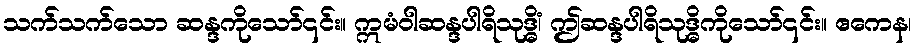
သက်သက်သော ဆန္ဒကိုသော်၎င်း။ ဣမံဝါဆန္ဒပါရိသုဒ္ဓိံ၊ ဤဆန္ဒပါရိသုဒ္ဓိကိုသော်၎င်း။ ဧကေန၊